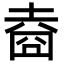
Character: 𡍬